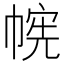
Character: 𫷉